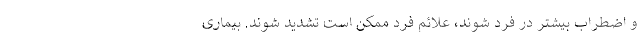
و اضطراب بیشتر در فرد شوند، علائم فرد ممکن است تشدید شوند. بیماری